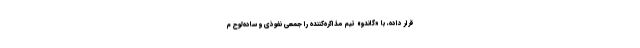
قرار داده، با «گاندو» تیم مذاکره‌کننده را جمعی نفوذی و ساده‌لوح م